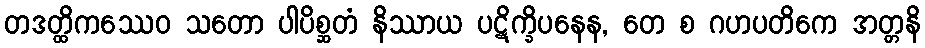
တဒတ္ထိကဿေဝ သတော ပါပိစ္ဆတံ နိဿာယ ပဋိက္ခိပနေန, တေ စ ဂဟပတိကေ အတ္တနိ